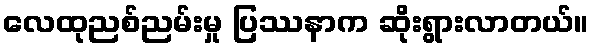
လေထုညစ်ညမ်းမှု ပြဿနာက ဆိုးရွားလာတယ်။